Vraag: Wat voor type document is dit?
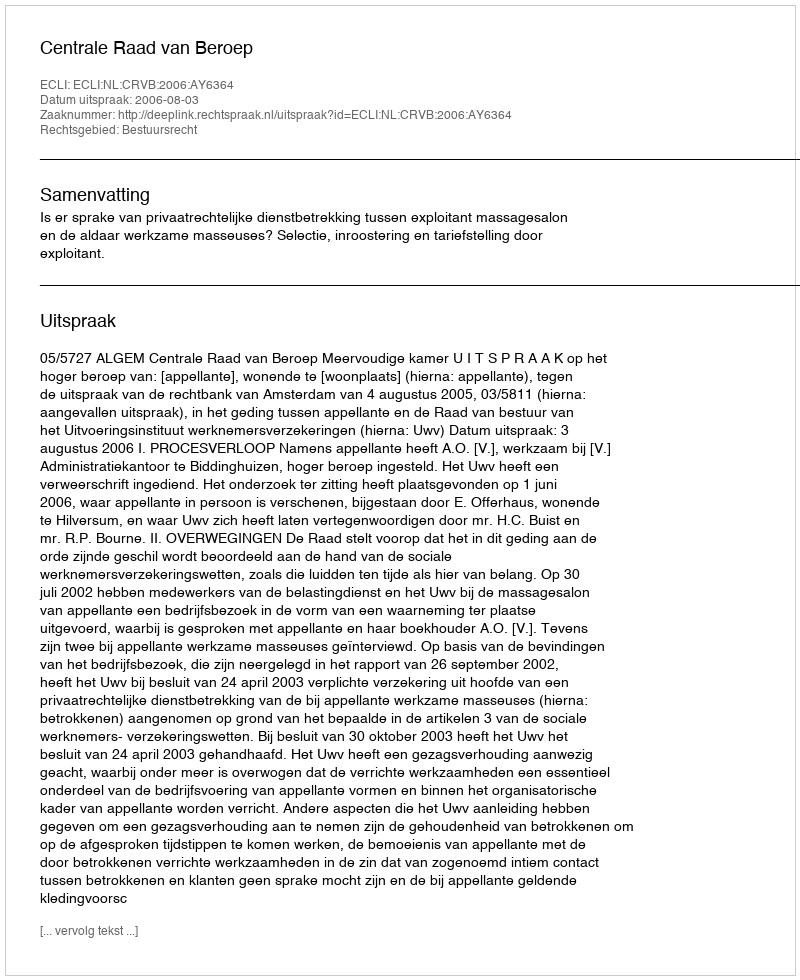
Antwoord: Uitspraak